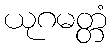
ယုဂမတ္တံ